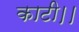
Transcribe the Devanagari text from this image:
काटी।।